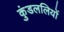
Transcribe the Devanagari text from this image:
कुंडललियों